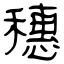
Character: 穗